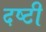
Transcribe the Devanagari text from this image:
दष्टी